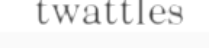
twattles